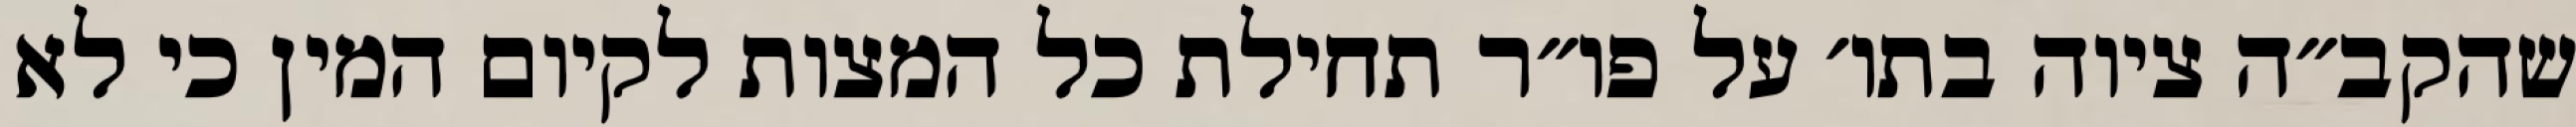
שהקב״ה ציוה בתו׳ על פו״ר תחילת כל המצות לקיום המין כי לא